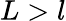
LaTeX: L>l